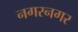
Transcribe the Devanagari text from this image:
नगरनगर